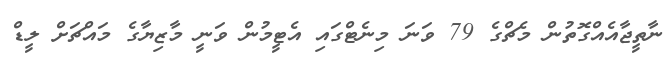
ނާތީޖާއެއްގޮތުން މެޗްގެ 79 ވަނަ މިނެޓްގައި އެޓީމުން ވަނީ މާޒިޔާގެ މައްޗަށް ލީޑް